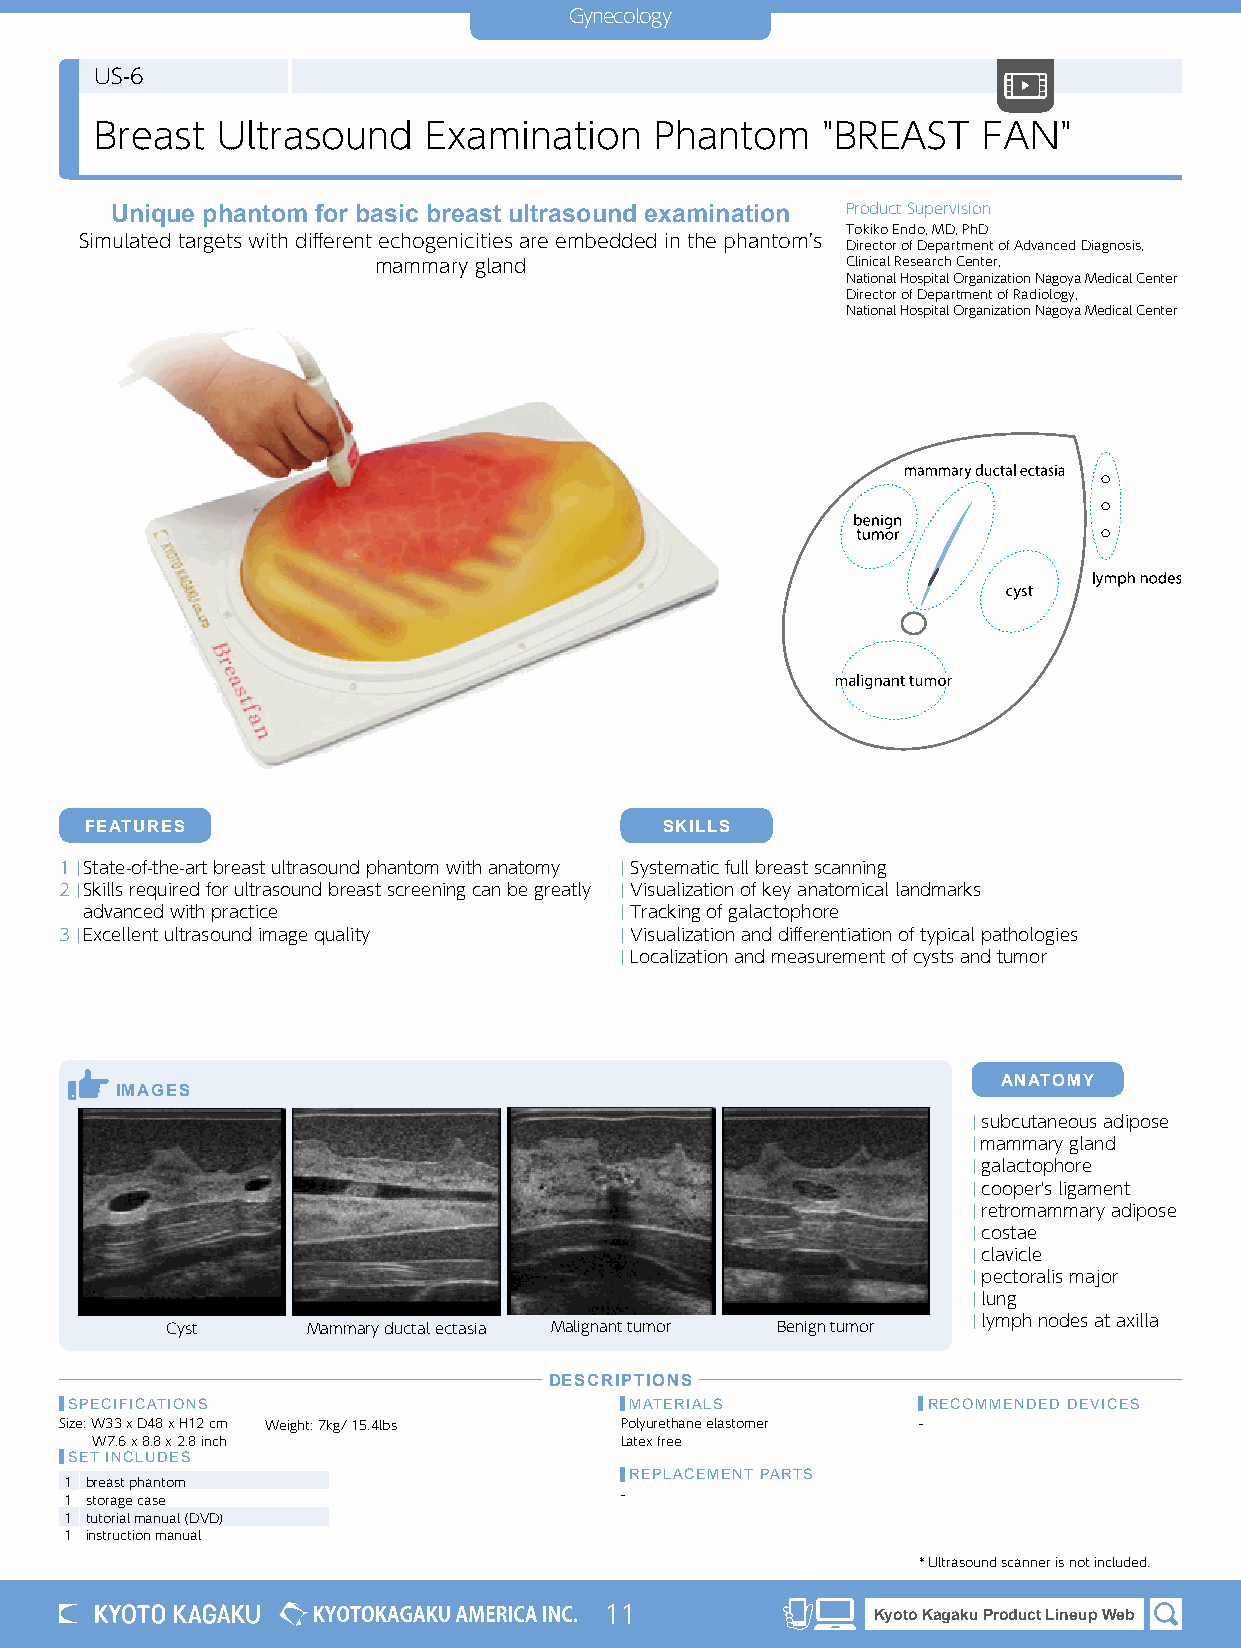
Gynecology
 Ultrasound Phantoms
 US-6
 Breast  Ultrasound    Examination    Phantom    "BREAST    FAN"
 Unique phantom for basic breast ultrasound examination Product Supervision
 Tokiko Endo, MD, PhD
 Simulated targets with different echogenicities are embedded in the phantom's Director of Department of Advanced Diagnosis,
 mammary gland                  Clinical Research Center,
 National Hospital Organization Nagoya Medical Center
 Director of Department of Radiology,
 National Hospital Organization Nagoya Medical Center
 FEATURES                              SKILLS
 1 | State-of-the-art breast ultrasound phantom with anatomy | Systematic full breast scanning
 2 |Skills required for ultrasound breast screening can be greatly | Visualization of key anatomical landmarks
 advanced with practice              | Tracking of galactophore
 3 |Excellent ultrasound image quality | Visualization and differentiation of typical pathologies
 | Localization and measurement of cysts and tumor
 ANATOMY
 IMAGES
 | subcutaneous adipose
 | mammary gland
 | galactophore
 | cooper's ligament
 | retromammary adipose
 | costae
 | clavicle
 | pectoralis major
 | lung
 Cyst     Mammary ductal ectasia Malignant tumor Benign tumor | lymph nodes at axilla
 DESCRIPTIONS
 SPECIFICATIONS                        MATERIALS          RECOMMENDED DEVICES
 Size: W33 x D48 x H12 cm Weight: 7kg/ 15.4lbs Polyurethane elastomer -
 W7.6 x 8.8 x 2.8 inch              Latex free
 SET INCLUDES
 REPLACEMENT PARTS
 1 breast phantom
 1 storage case                       -
 1 tutorial manual (DVD)
 1 instruction manual
 * Ultrasound scanner is not included.
 11                Kyoto Kagaku Product Lineup Web